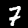
Label: 7